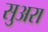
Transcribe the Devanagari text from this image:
सुअरा